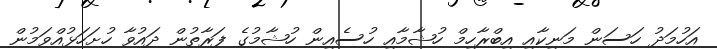
އަހުމަދު ހަސަން މަނިކާއި އިބްރާހިމް ހުޝާމާއި ހުސެއިން ހުޝާމުގެ ފަރާތުން ދައުވާ ހުށަހަޅުއްވަމުން